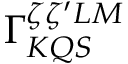
\Gamma _ { K Q S } ^ { \zeta \zeta ^ { \prime } L M }